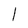
Character: l